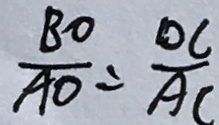
\frac { B O } { A O } = \frac { D C } { A C }